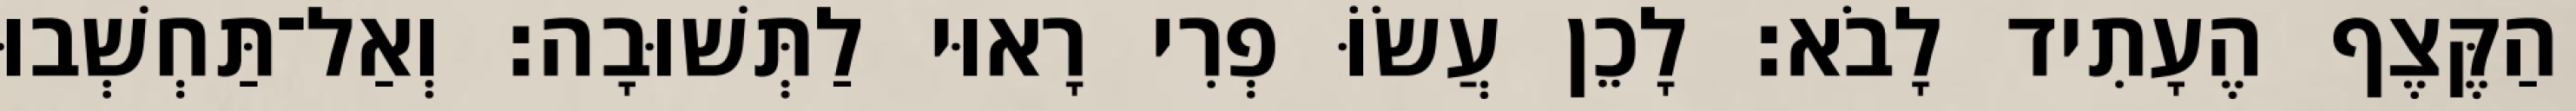
הַקֶּצֶף הֶעָתִיד לָבֹא׃ לָכֵן עֲשׂוֹּ פְרִי רָאוּי לַתְּשׁוּבָה׃ וְאַל־תַּחְשְׁבוּ